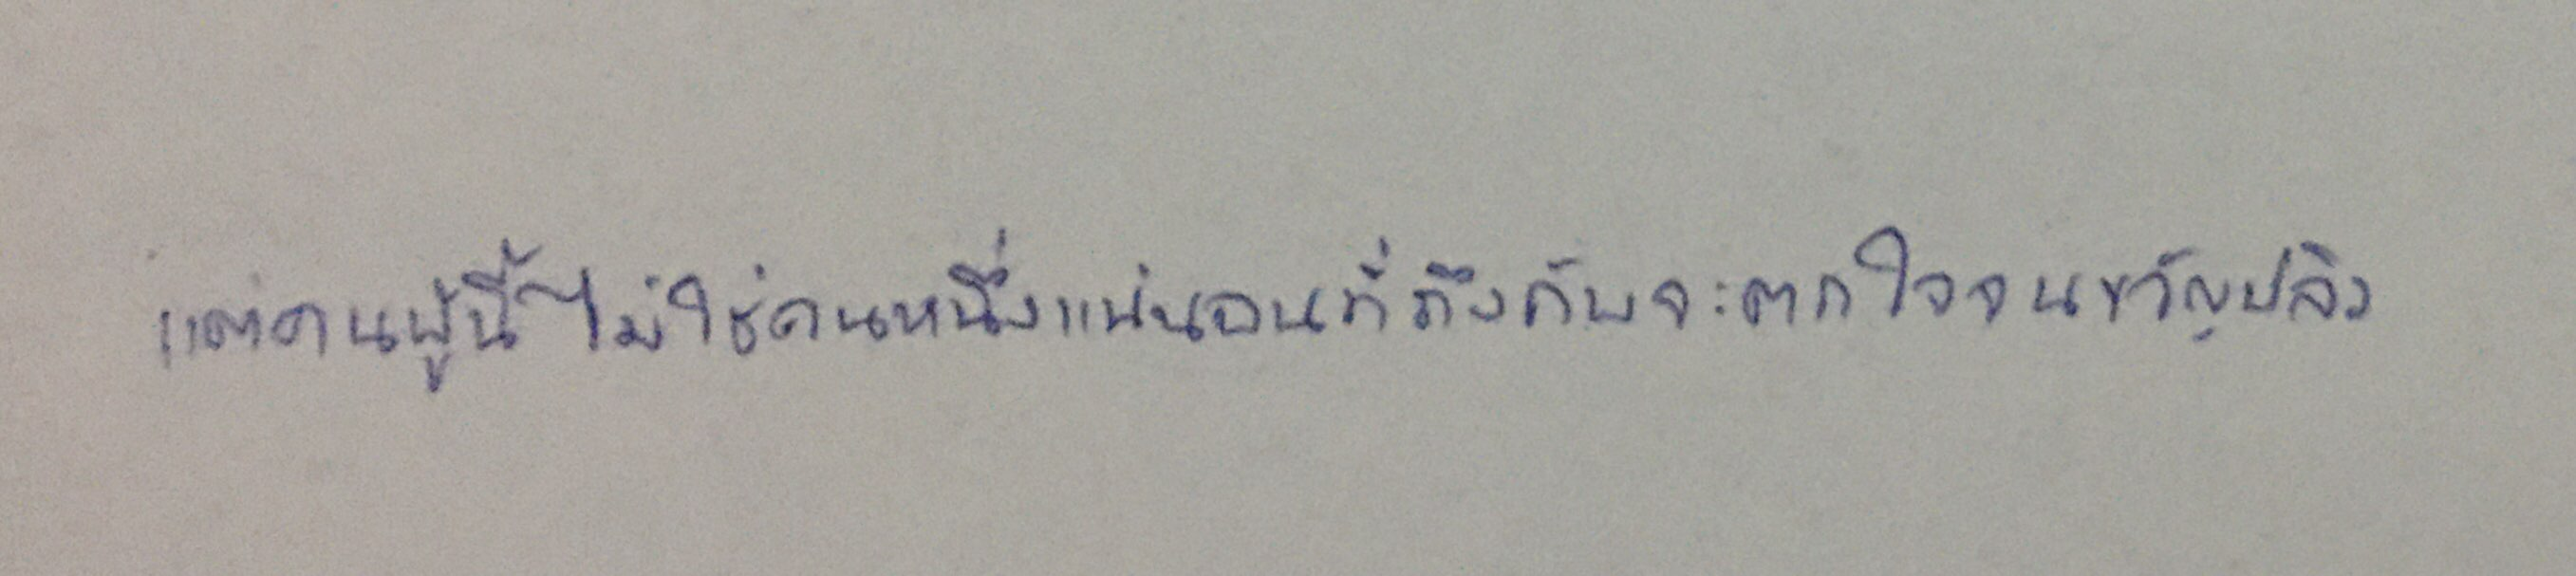
แต่คนผู้นี้ไม่ใช่คนหนึ่งแน่นอนที่ถึงกับจะตกใจจนขวัญปลิว